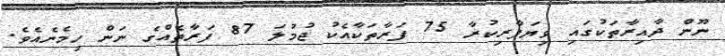
ނޫން ދާއިރާތަކުގައި ވިޔަފާރިކުރާ 75 ފަރާތަކާއެކު ޖުމުލަ 87 ފަރާތެއްގެ ނަން ހިމެނެއެވެ.